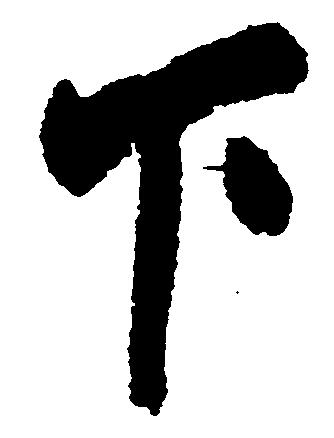
下